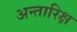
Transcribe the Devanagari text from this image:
अन्तारिक्ष